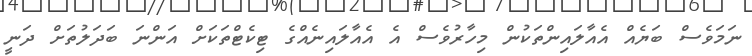
ނަމަވެސް ބަޔެއް އެއާލައިންތަކުން މިހާރުވެސް އެ އެއާލައިނެއްގެ ޓިކެޓްތަކަށް އަންނަ ބަދަލުތަށް ދަނީ